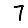
Digit: 7